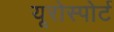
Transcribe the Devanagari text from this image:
यूरोस्पोर्ट